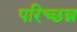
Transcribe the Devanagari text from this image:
परिच्छन्न